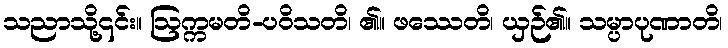
သညာသို့၎င်း။ ဩက္ကမတိ-ပဝိသတိ၊ ၏။ ဖဿေတိ၊ ယှဉ်၏။ သမ္ပာပုဏာတိ၊